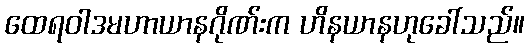
ထေရဝါဒမဟာယာနဂိုဏ်းက ဟိနယာနဟုခေါ်သည်။